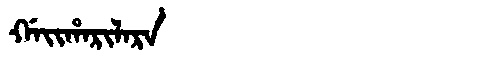
Manchu: ᡤᠠᡳᡥᠠᡵᡳᠯᠠᡵᠠ
Romanization: GAIHARILARA